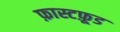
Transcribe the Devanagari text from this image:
फ़ास्टफ़ूड